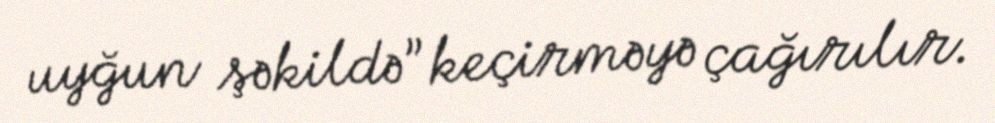
uyğun şəkildə” keçirməyə çağırılır.